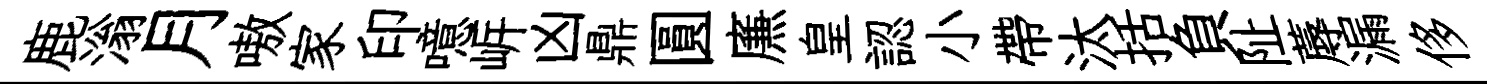
鹿滃月嗷家印噫㟁凶鼎圓㢘皇認小帶汰括負阯蓐漏侈